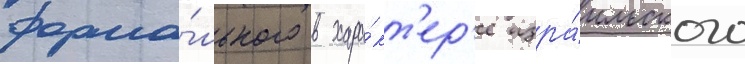
форма́льного в хара́кт'ер'е изра́ильского